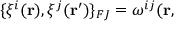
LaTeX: \{ \xi ^ { i } ( { \bf r } ) , \xi ^ { j } ( { \bf r ^ { \prime } } ) \} _ { F J } = \omega ^ { i j } ( { \bf r } ,